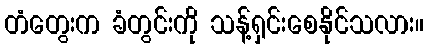
တံတွေးက ခံတွင်းကို သန့်ရှင်းစေနိုင်သလား။